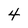
Character: 4